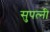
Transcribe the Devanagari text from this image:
सुपत्‍नी